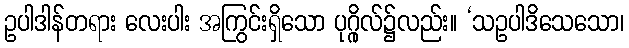
ဥပါဒါန်တရား လေးပါး အကြွင်းရှိသော ပုဂ္ဂိုလ်၌လည်း။ ‘သဥပါဒိသေသော၊